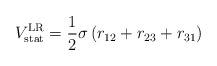
LaTeX: \begin{align*}V_{{\rm stat}}^{{\rm LR}} = \frac{1}{2}\sigma \, (r_{12} + r_{23} + r_{31})\end{align*}